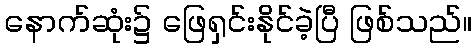
နောက်ဆုံး၌ ဖြေရှင်းနိုင်ခဲ့ပြီ ဖြစ်သည်။